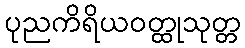
ပုညကိရိယဝတ္ထုသုတ္တ